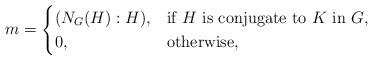
LaTeX: \begin{align*}m = \begin{cases} (N_G(H) : H),&\mbox{if $H$ is conjugate to $K$ in $G,$}\\0, & \mbox{otherwise,}\end{cases}\end{align*}